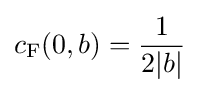
c_{\rm {F}}(0,b)={\frac {1}{2|b|}}